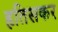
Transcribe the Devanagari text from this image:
हृतिसकर